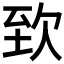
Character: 𣢶